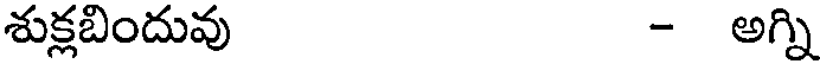
శుక్లబిందువు - అగ్ని